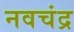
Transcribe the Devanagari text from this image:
नवचंद्र